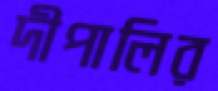
দীপালির